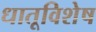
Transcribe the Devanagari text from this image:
धातूविशेष